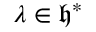
\lambda \in { \mathfrak { h } } ^ { * }